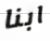
ابنا